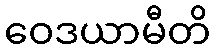
ဝေဒယာမီတိ